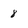
Character: 8